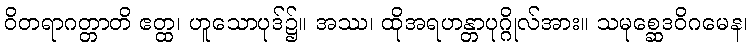
ဝိတရာဂတ္တာတိ ဧတ္ထ၊ ဟူသောပုဒ်၌။ အဿ၊ ထိုအရဟန္တာပုဂ္ဂိုလ်အား။ သမုစ္ဆေဒဝိဂမေန၊